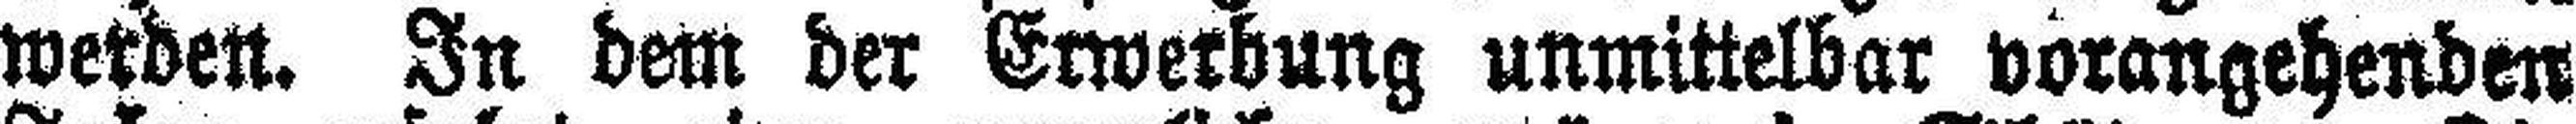
werden. In dem der Erwerbung unmittelbar vorangehenden